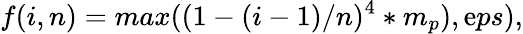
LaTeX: f(i,n)=max((1-(i-1)/n)^{4}*m_{p}),\mathrm{e}ps),